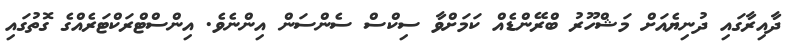
ދާއިރާގައި ދުނިޔެއަށް މަޝްހޫރު ބްރޭންޑެއް ކަމަށްވާ ސިކްސް ސެންސަން އިންނެވެ. އިންސްޓްރަކްޓަރެއްގެ ގޮތުގައި